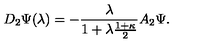
D _ { 2 } \Psi ( \lambda ) = - \frac { \lambda } { 1 + \lambda \frac { 1 + \kappa } { 2 } } A _ { 2 } \Psi .